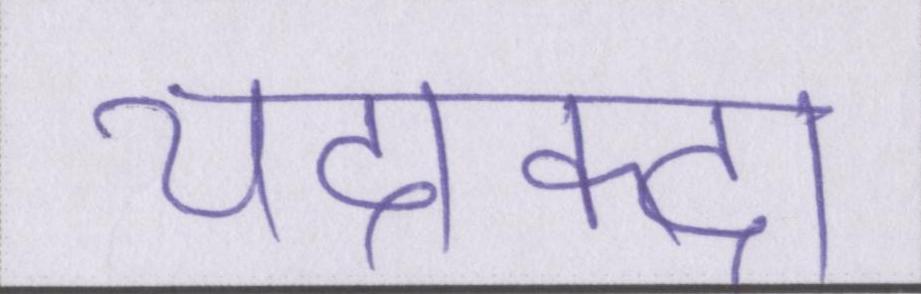
यदाकदा